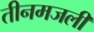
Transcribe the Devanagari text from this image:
तीनमजली